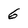
Character: 6